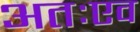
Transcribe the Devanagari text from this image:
अतःएव